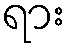
ရား